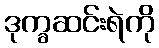
ဒုက္ခဆင်းရဲကို